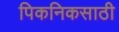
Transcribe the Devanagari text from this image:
पिकनिकसाठी